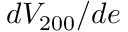
d V _ { 2 0 0 } / d e